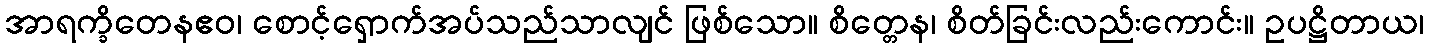
အာရက္ခိတေနဧဝ၊ စောင့်ရှောက်အပ်သည်သာလျင် ဖြစ်သော။ စိတ္တေန၊ စိတ်ခြင်းလည်းကောင်း။ ဥပဋ္ဌိတာယ၊